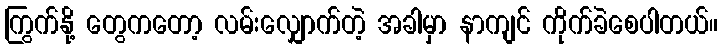
ကြွက်နို့ တွေကတော့ လမ်းလျှောက်တဲ့ အခါမှာ နာကျင် ကိုက်ခဲစေပါတယ်။